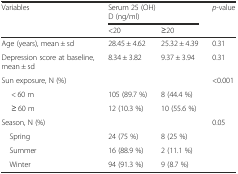
| <ROWSPAN=2> Variables | <COLSPAN=2> Serum 25 (OH) D (ng/ml) | <ROWSPAN=2> p-value |
 | <20 | ≥20 |
 | --- | --- | --- | --- |
 | Age (years), mean ± sd | 28.45 ± 4.62 | 25.32 ± 4.39 | 0.31 |
 | Depression score at baseline, mean ± sd | 8.34 ± 3.82 | 9.37 ± 3.94 | 0.31 |
 | Sun exposure, N (%) |  |  | <0.001 |
 | < 60 m | 105 (89.7 %) | 8 (44.4 %) | <ROWSPAN=2>  |
 | ≥ 60 m | 12 (10.3 %) | 10 (55.6 %) |
 | Season, N (%) |  |  | 0.05 |
 | Spring | 24 (75 %) | 8 (25 %) | <ROWSPAN=3>  |
 | Summer | 16 (88.9 %) | 2 (11.1 %) |
 | Winter | 94 (91.3 %) | 9 (8.7 %) |